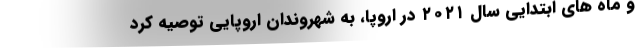
و ماه های ابتدایی سال ۲۰۲۱ در اروپا، به شهروندان اروپایی توصیه کرد